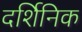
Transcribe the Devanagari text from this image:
दर्शिनिक